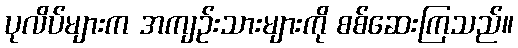
ပုလိပ်များက အကျဉ်းသားများကို စစ်ဆေးကြသည်။